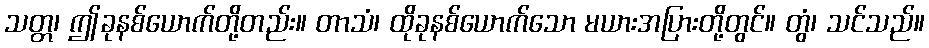
သတ္တ၊ ဤခုနစ်ယောက်တို့တည်း။ တာသံ၊ ထိုခုနစ်ယောက်သော မယားအပြားတို့တွင်။ တွံ၊ သင်သည်။